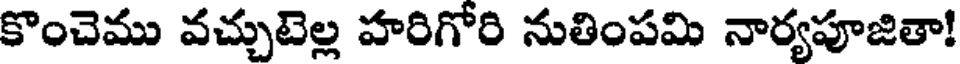
కొంచెము వచ్చుటెల్ల హరిగోరి నుతింపమి నార్యపూజితా!